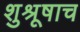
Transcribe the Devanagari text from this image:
शुश्रूषाच